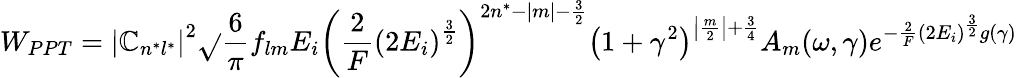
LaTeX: W_{PPT}=\left|\mathbb{C}_{n^{*}l^{*}}\right|^{2}{\sqrt{}{{\frac{{6}}{{\pi}}}}}f_{lm}E_{i}\left({\frac{{2}}{{F}}}\left(2E_{i}\right)^{\frac{{3}}{{2}}}\right)^{2n^{*}-|m|-{\frac{{3}}{{2}}}}\left(1+\gamma^{2}\right)^{\left|{\frac{{m}}{{2}}}\right|+{\frac{{3}}{{4}}}}A_{m}(\omega,\gamma)e^{-{\frac{{2}}{{F}}}\left(2E_{i}\right)^{\frac{{3}}{{2}}}g\left(\gamma\right)}